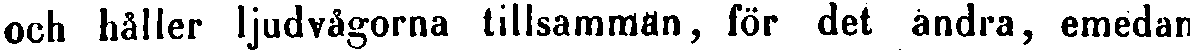
och håller ljudvågorna tillsamman, för det andra, emedan